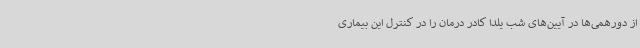
از دورهمی‌ها در آیین‌های شب یلدا کادر درمان را در کنترل این بیماری